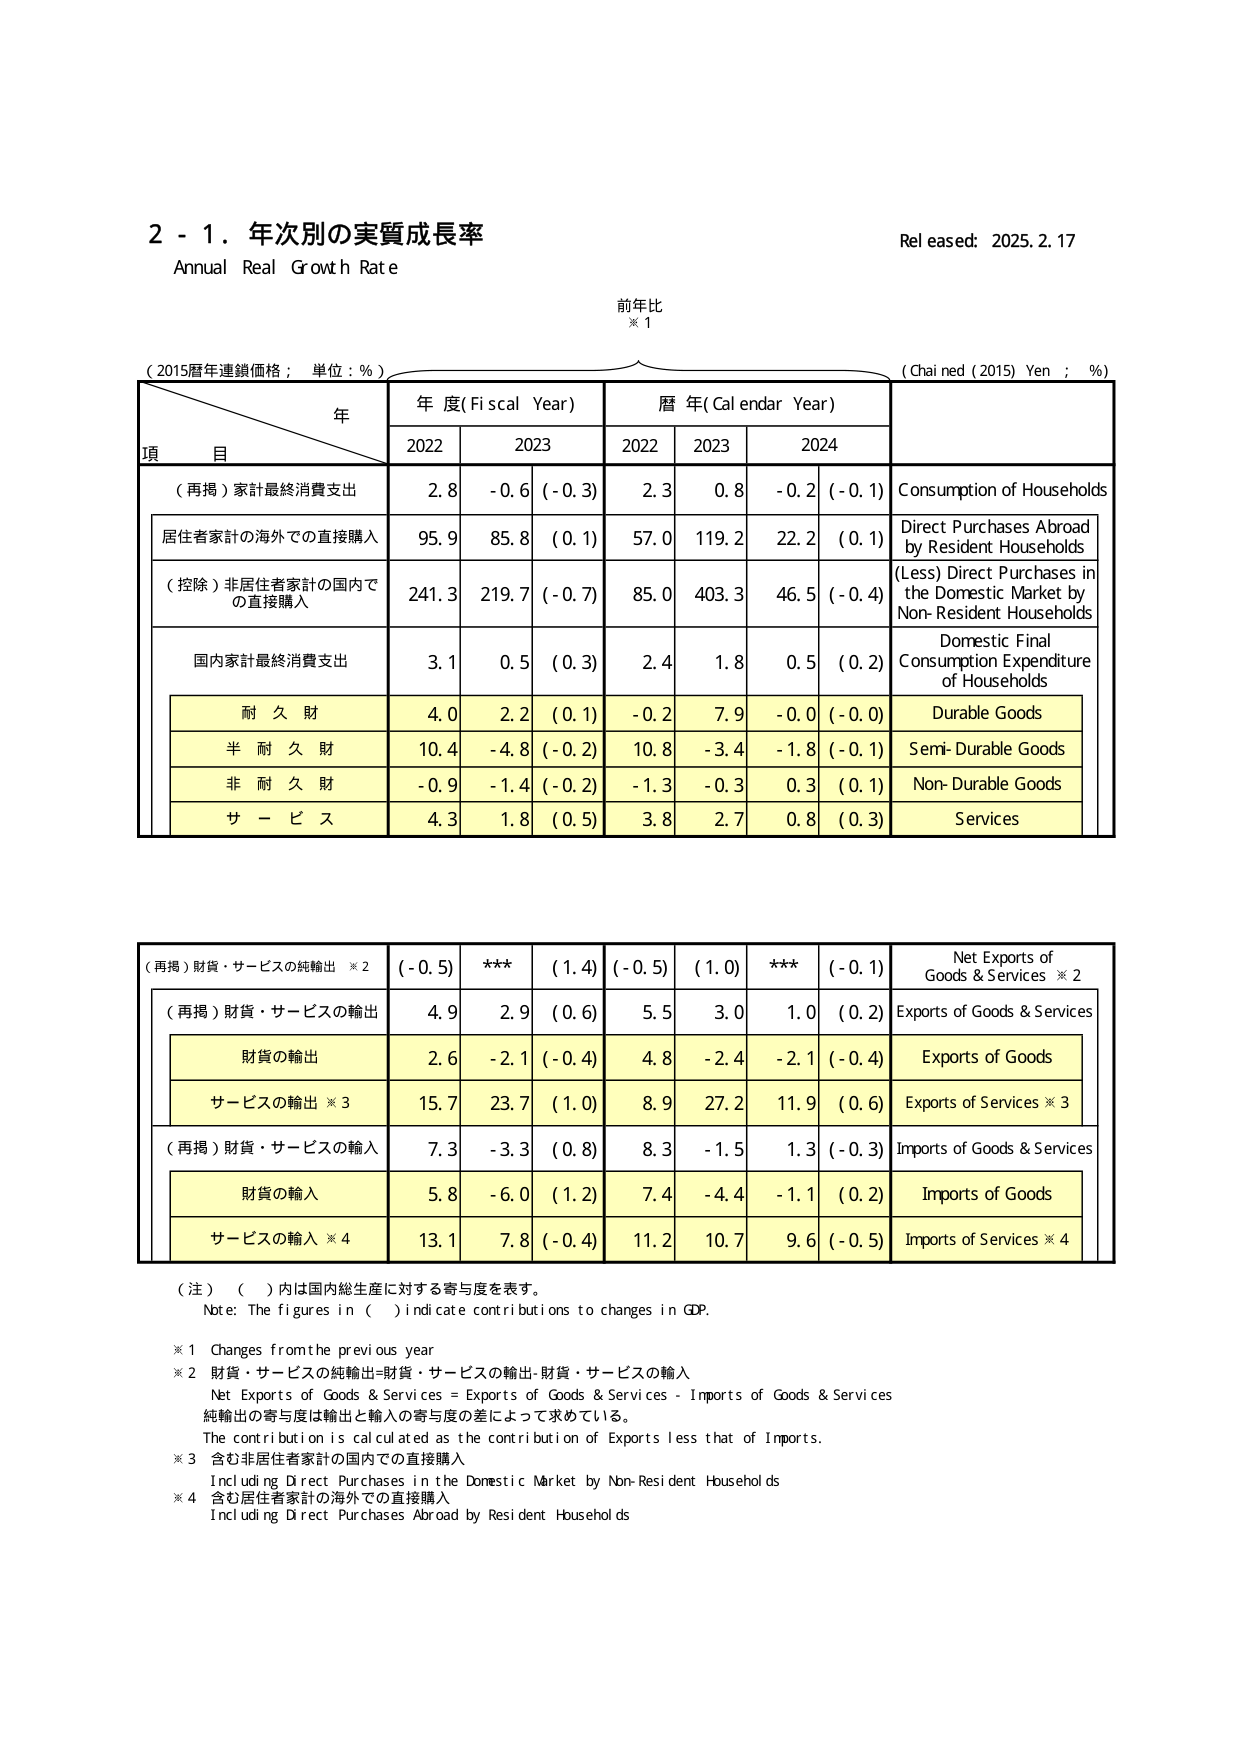
2 - 1. 年次別の実質成長率
Annual Real Growth Rate
Released: 2025.2.17

前年比
※1

（2015暦年連鎖価格；単位：%）
（Chained (2015) Yen；%）

年
項 目
年度(Fiscal Year)
暦年(Calendar Year)

2022
2023
2022
2023
2024

（再掲）家計最終消費支出
2.8
-0.6 (-0.3)
2.3
0.8
-0.2 (-0.1)
Consumption of Households

居住者家計の海外での直接購入
95.9
85.8 (0.1)
57.0
119.2
22.2 (0.1)
Direct Purchases Abroad by Resident Households

（控除）非居住者家計の国内での直接購入
241.3
219.7 (-0.7)
85.0
403.3
46.5 (-0.4)
(Less) Direct Purchases in the Domestic Market by Non-Resident Households

国内家計最終消費支出
3.1
0.5 (0.3)
2.4
1.8
0.5 (0.2)
Domestic Final Consumption Expenditure of Households

耐 久 財
4.0
2.2 (0.1)
-0.2
7.9
-0.0 (-0.0)
Durable Goods

半 耐 久 財
10.4
-4.8 (-0.2)
10.8
-3.4
-1.8 (-0.1)
Semi-Durable Goods

非 耐 久 財
-0.9
-1.4 (-0.2)
-1.3
-0.3
0.3 (0.1)
Non-Durable Goods

サ ー ビ ス
4.3
1.8 (0.5)
3.8
2.7
0.8 (0.3)
Services

（再掲）財貨・サービスの純輸出 ※2
(-0.5)
***
(1.4)
(-0.5)
(1.0)
***
(-0.1)
Net Exports of Goods & Services ※2

（再掲）財貨・サービスの輸出
4.9
2.9 (0.6)
5.5
3.0
1.0 (0.2)
Exports of Goods & Services

財貨の輸出
2.6
-2.1 (-0.4)
4.8
-2.4
-2.1 (-0.4)
Exports of Goods

サービスの輸出 ※3
15.7
23.7 (1.0)
8.9
27.2
11.9 (0.6)
Exports of Services ※3

（再掲）財貨・サービスの輸入
7.3
-3.3 (0.8)
8.3
-1.5
1.3 (-0.3)
Imports of Goods & Services

財貨の輸入
5.8
-6.0 (1.2)
7.4
-4.4
-1.1 (0.2)
Imports of Goods

サービスの輸入 ※4
13.1
7.8 (-0.4)
11.2
10.7
9.6 (-0.5)
Imports of Services ※4

（注）（ ）内は国内総生産に対する寄与度を表す。
Note: The figures in ( ) indicate contributions to changes in GDP.

※1 Changes from the previous year
※2 財貨・サービスの純輸出=財貨・サービスの輸出-財貨・サービスの輸入
Net Exports of Goods & Services = Exports of Goods & Services - Imports of Goods & Services
純輸出の寄与度は輸出と輸入の寄与度の差によって求めている。
The contribution is calculated as the contribution of Exports less that of Imports.
※3 含む非居住者家計の国内での直接購入
Including Direct Purchases in the Domestic Market by Non-Resident Households
※4 含む居住者家計の海外での直接購入
Including Direct Purchases Abroad by Resident Households